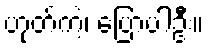
ဟုတ်ကဲ့၊ ပြောပါဦး။